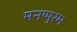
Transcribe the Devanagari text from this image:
मनप्पुरम